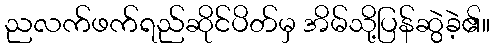
ညလက်ဖက်ရည်ဆိုင်ပိတ်မှ အိမ်သို့ပြန်ဆွဲခဲ့၏။